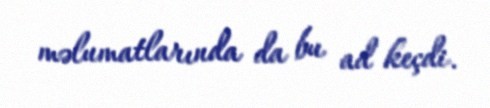
məlumatlarında da bu ad keçdi.